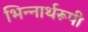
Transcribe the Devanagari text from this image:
भिन्‍नार्थरूपी